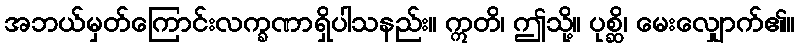
အဘယ်မှတ်ကြောင်းလက္ခဏာရှိပါသနည်း။ ဣတိ၊ ဤသို့။ ပုစ္ဆိ၊ မေးလျှောက်၏။